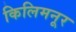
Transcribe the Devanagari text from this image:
किलिमनूर